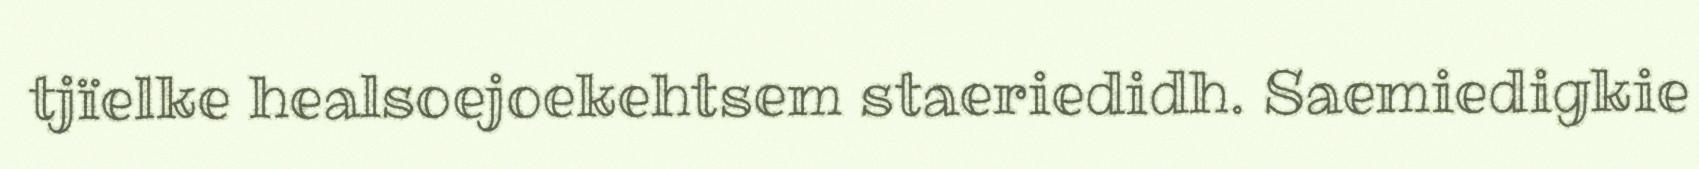
tjïelke healsoejoekehtsem staeriedidh. Saemiedigkie